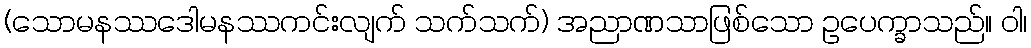
(သောမနဿဒေါမနဿကင်းလျက် သက်သက်) အညာဏသာဖြစ်သော ဥပေက္ခာသည်။ ဝါ၊